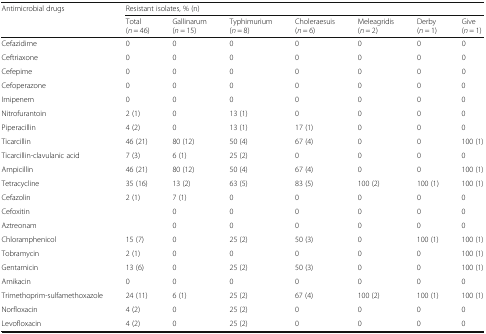
<table><thead><tr><td rowspan="2"><b>Antimicrobial drugs</b></td><td colspan="7"><b>Resistant isolates, % (n)</b></td></tr><tr><td><b>Total (<i>n</i> = 46)</b></td><td><b>Gallinarum (<i>n</i> = 15)</b></td><td><b>Typhimurium (<i>n</i> = 8)</b></td><td><b>Choleraesuis (<i>n</i> = 6)</b></td><td><b>Meleagridis (<i>n</i> = 2)</b></td><td><b>Derby (<i>n</i> = 1)</b></td><td><b>Give (<i>n</i> = 1)</b></td></tr></thead><tbody><tr><td>Cefazidime</td><td>0</td><td>0</td><td>0</td><td>0</td><td>0</td><td>0</td><td>0</td></tr><tr><td>Ceftriaxone</td><td>0</td><td>0</td><td>0</td><td>0</td><td>0</td><td>0</td><td>0</td></tr><tr><td>Cefepime</td><td>0</td><td>0</td><td>0</td><td>0</td><td>0</td><td>0</td><td>0</td></tr><tr><td>Cefoperazone</td><td>0</td><td>0</td><td>0</td><td>0</td><td>0</td><td>0</td><td>0</td></tr><tr><td>Imipenem</td><td>0</td><td>0</td><td>0</td><td>0</td><td>0</td><td>0</td><td>0</td></tr><tr><td>Nitrofurantoin</td><td>2 (1)</td><td>0</td><td>13 (1)</td><td>0</td><td>0</td><td>0</td><td>0</td></tr><tr><td>Piperacillin</td><td>4 (2)</td><td>0</td><td>13 (1)</td><td>17 (1)</td><td>0</td><td>0</td><td>0</td></tr><tr><td>Ticarcillin</td><td>46 (21)</td><td>80 (12)</td><td>50 (4)</td><td>67 (4)</td><td>0</td><td>0</td><td>100 (1)</td></tr><tr><td>Ticarcillin-clavulanic acid</td><td>7 (3)</td><td>6 (1)</td><td>25 (2)</td><td>0</td><td>0</td><td>0</td><td>0</td></tr><tr><td>Ampicillin</td><td>46 (21)</td><td>80 (12)</td><td>50 (4)</td><td>67 (4)</td><td>0</td><td>0</td><td>100 (1)</td></tr><tr><td>Tetracycline</td><td>35 (16)</td><td>13 (2)</td><td>63 (5)</td><td>83 (5)</td><td>100 (2)</td><td>100 (1)</td><td>100 (1)</td></tr><tr><td>Cefazolin</td><td>2 (1)</td><td>7 (1)</td><td>0</td><td>0</td><td>0</td><td>0</td><td>0</td></tr><tr><td>Cefoxitin</td><td></td><td>0</td><td>0</td><td>0</td><td>0</td><td>0</td><td>0</td></tr><tr><td>Aztreonam</td><td></td><td>0</td><td>0</td><td>0</td><td>0</td><td>0</td><td>0</td></tr><tr><td>Chloramphenicol</td><td>15 (7)</td><td>0</td><td>25 (2)</td><td>50 (3)</td><td>0</td><td>100 (1)</td><td>100 (1)</td></tr><tr><td>Tobramycin</td><td>2 (1)</td><td>0</td><td>0</td><td>0</td><td>0</td><td>0</td><td>100 (1)</td></tr><tr><td>Gentamicin</td><td>13 (6)</td><td>0</td><td>25 (2)</td><td>50 (3)</td><td>0</td><td>0</td><td>100 (1)</td></tr><tr><td>Amikacin</td><td>0</td><td>0</td><td>0</td><td>0</td><td>0</td><td>0</td><td>0</td></tr><tr><td>Trimethoprim-sulfamethoxazole</td><td>24 (11)</td><td>6 (1)</td><td>25 (2)</td><td>67 (4)</td><td>100 (2)</td><td>100 (1)</td><td>100 (1)</td></tr><tr><td>Norfloxacin</td><td>4 (2)</td><td>0</td><td>25 (2)</td><td>0</td><td>0</td><td>0</td><td>0</td></tr><tr><td>Levofloxacin</td><td>4 (2)</td><td>0</td><td>25 (2)</td><td>0</td><td>0</td><td>0</td><td>0</td></tr></tbody></table>